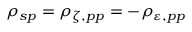
\rho _ { s p } = \rho _ { \zeta , p p } = - \rho _ { \varepsilon , p p }